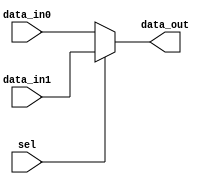
module MUX2to1 #(
    parameter DATA_LEN = 32
) (
    input   wire [DATA_LEN - 1 : 0]              data_in1, data_in0,
    input   wire                                 sel,
    output  wire [DATA_LEN - 1 : 0]              data_out
);

    assign data_out = (sel) ? data_in1 : data_in0;
    
endmodule